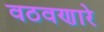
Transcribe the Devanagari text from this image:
वठवणारे